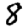
Digit: 8